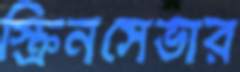
স্ক্রিনসেভার